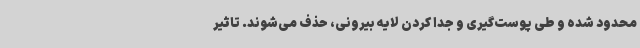
محدود شده و طی پوست‌گیری و جدا کردن لایه بیرونی، حذف می‌شوند. تاثیر